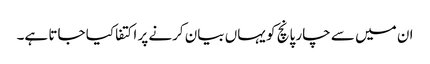
ان میں سے چار پانچ کو یہاں بیان کرنے پر اکتفا کیا جاتا ہے۔